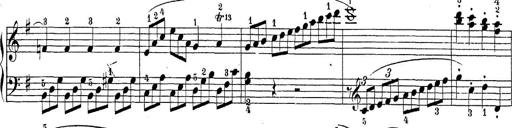
Title: Sonatina Album
Composer: Louis KÃ¶hler